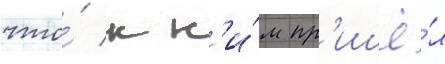
что́ к н'и́м пр'ишё́л